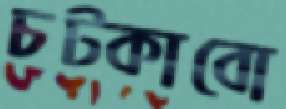
চট্‌কাবো